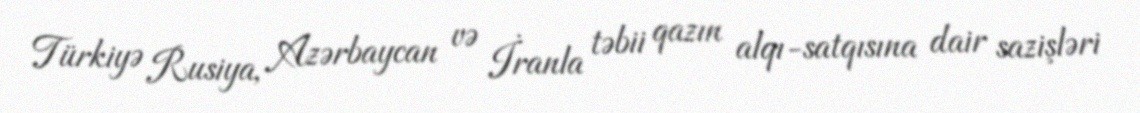
Türkiyə Rusiya, Azərbaycan və İranla təbii qazın alqı-satqısına dair sazişləri